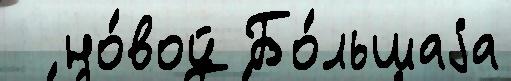
  но́вой Бо́льшаjа